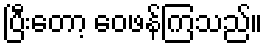
ပြီးတော့ ဝေဖန်ကြသည်။